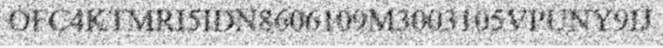
OFC4KTMRI5IDN8606109M3003105VPUNY9IJ